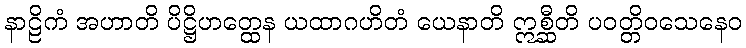
နာဠိကံ အဟာတိ ပိဋ္ဌိဟတ္ထေန ယထာဂဟိတံ ယေနာတိ ဣစ္ဆီတိ ပဝတ္တိဝသေနေဝ